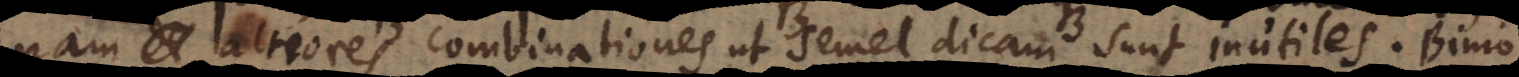
nam altiores combinationes ut semel dicam sunt inutiles. Binio